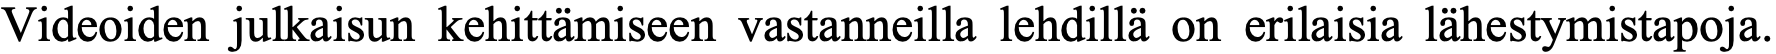
Videoiden julkaisun kehittämiseen vastanneilla lehdillä on erilaisia lähestymistapoja.